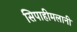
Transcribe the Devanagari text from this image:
सिपाहीमलानी